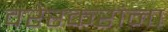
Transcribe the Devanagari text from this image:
वरेरकरांना